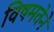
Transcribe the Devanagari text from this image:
विषमतेने